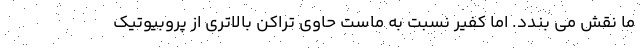
ما نقش می بندد. اما کفیر نسبت به ماست حاوی تراکن بالاتری از پروبیوتیک